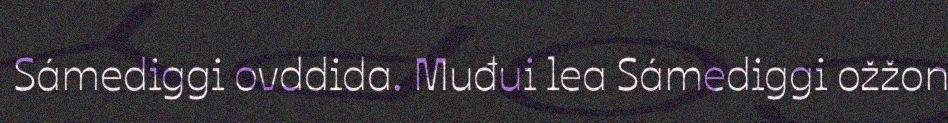
Sámediggi ovddida. Muđui lea Sámediggi ožžon